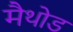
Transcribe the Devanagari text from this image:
मैथोड